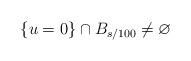
LaTeX: \begin{align*}\{u=0\}\cap B_{s/100}\ne\varnothing\end{align*}